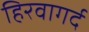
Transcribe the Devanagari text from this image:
हिरवागर्द